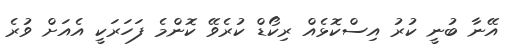
އޭނާ ބުނީ ކުރު އިސްކޮޅެއް ރިކޯޑް ކުރެވޭ ކޮންމެ ފަހަރަކީ އެއަށް ވުރެ